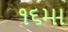
૧૬મા